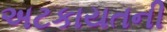
અટકાયતની